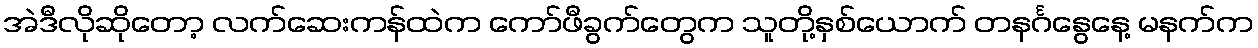
အဲဒီလိုဆိုတော့ လက်ဆေးကန်ထဲက ကော်ဖီခွက်တွေက သူတို့နှစ်ယောက် တနင်္ဂနွေနေ့ မနက်က